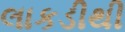
લાકડીથી